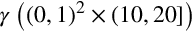
\gamma \left( \left( 0 , 1 \right) ^ { 2 } \times \left( 1 0 , 2 0 \right] \right)